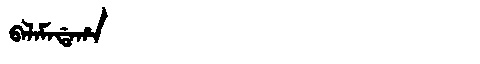
Manchu: ᠪᠠᠯᠠᠮᠠᡩᠠᡥᠠ
Romanization: BALAMADAHA